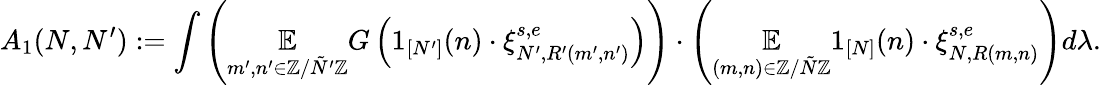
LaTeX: A_{1}(N,N^{\prime}):=\int\left(\underset{m^{\prime},n^{\prime}\in\mathbb{Z}/\tilde{N}^{\prime}\mathbb{Z}}{\mathbb{E}}G\left(1_{[N^{\prime}]}(n)\cdot\xi_{N^{\prime},R^{\prime}(m^{\prime},n^{\prime})}^{s,e}\right)\right)\cdot\left(\underset{(m,n)\in\mathbb{Z}/\tilde{N}\mathbb{Z}}{\mathbb{E}}1_{[N]}(n)\cdot\xi_{N,R(m,n)}^{s,e}\right)d\lambda.